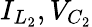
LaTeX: I_{L_{2}},V_{C_{2}}